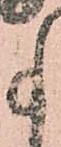
事